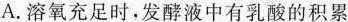
A. 溶氧充足时，发酵液中有乳酸的积累